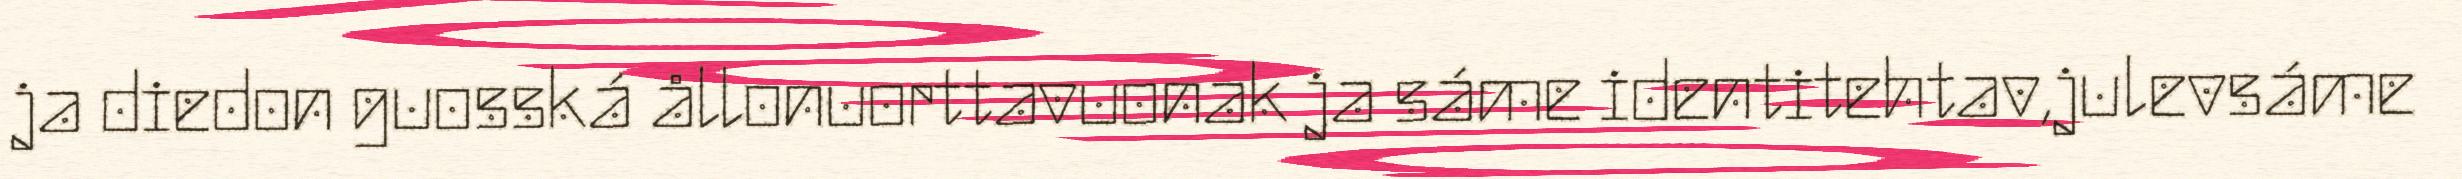
ja diedon guosská ållonuorttavuonak ja sáme identitehtav,julevsáme